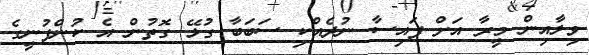
ވިލާއިން މީރާ އަށް ފައިސާ ނުދެއްކި ސަބަބާ ގުޅޭ ގޮތުން އެ ކުންފުނީގެ